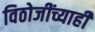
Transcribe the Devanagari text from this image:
विठोजींच्याही